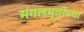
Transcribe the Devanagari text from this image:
मंगलमूर्तीच्या